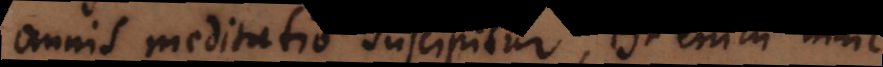
omnis meditatio suscipitur, est enim nihil